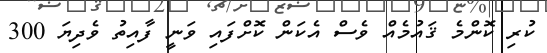
ކުރި ކޮންމެ ޤައުމެއް ވެސް އެކަން ކޮށްފައި ވަނީ ފާއިތު ވެދިޔަ 300